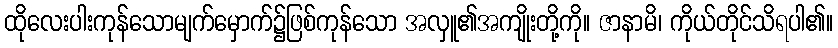
ထိုလေးပါးကုန်သောမျက်မှောက်၌ဖြစ်ကုန်သော အလှူ၏အကျိုးတို့ကို။ ဇာနာမိ၊ ကိုယ်တိုင်သိရပါ၏။